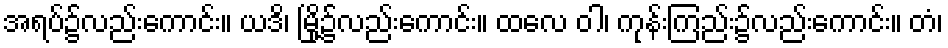
အရပ်၌လည်းကောင်း။ ယဒိ၊ မြို့၌လည်းကောင်း။ ထလေ ဝါ၊ ကုန်းကြည်း၌လည်းကောင်း။ တံ၊